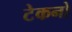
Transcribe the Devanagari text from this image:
टेकनो